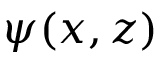
\psi ( x , z )